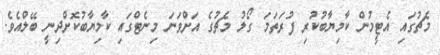
މެޗުގައި އެޓީމުން ކާމިޔާބުކުރި ފުރަތަމަ ގޯލު މެޗުގެ އަށްވަނަ މިނެޓްގައި ކާމިޔާބުކޮށްދިނީ ބޭލްއެވެ.